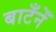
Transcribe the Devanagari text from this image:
बाटँनेँ